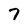
Character: 7